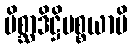
မိစ္ဆာဒိဋ္ဌိပစ္စယာပိ